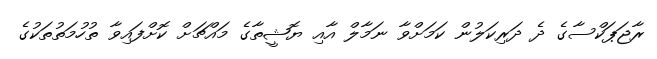
ރާޖަޕަކްސާގެ ދެ ދަރިކަލުން ކަމަށްވާ ނަމާލް އާއި ޔޮޝީތާގެ މައްޗަށް ކޮށްފައިވާ ތުހުމަތުތަކުގެ